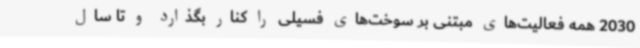
2030 همه فعالیت‌های مبتنی بر سوخت‌های فسیلی را کنار بگذارد و تا سال